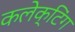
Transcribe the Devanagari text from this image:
कलेक्टिंग